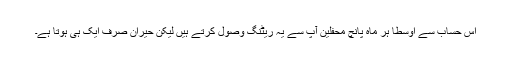
اس حساب سے اوسطا ہر ماہ پانچ محفلین آپ سے یہ ریٹنگ وصول کرتے ہیں لیکن حیران صرف ایک ہی ہوتا ہے۔